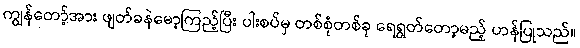
ကျွန်တော့်အား ဖျတ်ခနဲမော့ကြည့်ပြီး ပါးစပ်မှ တစ်စုံတစ်ခု ရေရွတ်တော့မည့် ဟန်ပြုသည်။